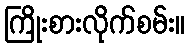
ကြိုးစားလိုက်စမ်း။